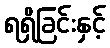
ရရှိခြင်းနှင့်